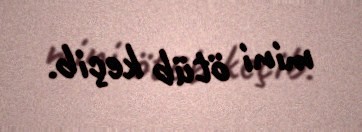
mini ötüb keçib.